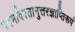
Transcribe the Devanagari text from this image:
पदमविरतानुत्तरज्ञाप्तिरूपं